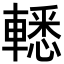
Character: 𨎒